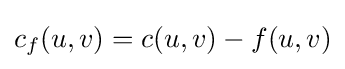
c_{f}(u,v)=c(u,v)-f(u,v)